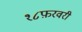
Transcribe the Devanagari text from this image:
१८फ़रवरी